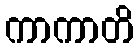
ကာကာတိ